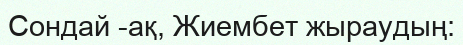
Сондай -ақ, Жиембет жыраудың: